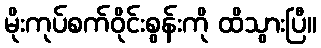
မိုးကုပ်စက်ဝိုင်းစွန်းကို ထိသွားပြီ။